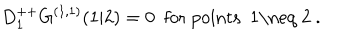
D _ { 1 } ^ { + + } G ^ { ( 1 , 1 ) } ( 1 \vert 2 ) = 0 \ \ \mathrm { f o r ~ p o i n t s ~ 1 \neq ~ 2 ~ . }